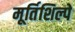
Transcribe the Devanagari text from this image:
मूर्तिशिल्पे